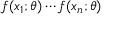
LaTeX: f ( x _ { 1 } ; \theta ) \cdots f ( x _ { n } ; \theta )